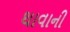
થાવાની